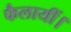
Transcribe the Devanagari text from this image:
फैलायीं।